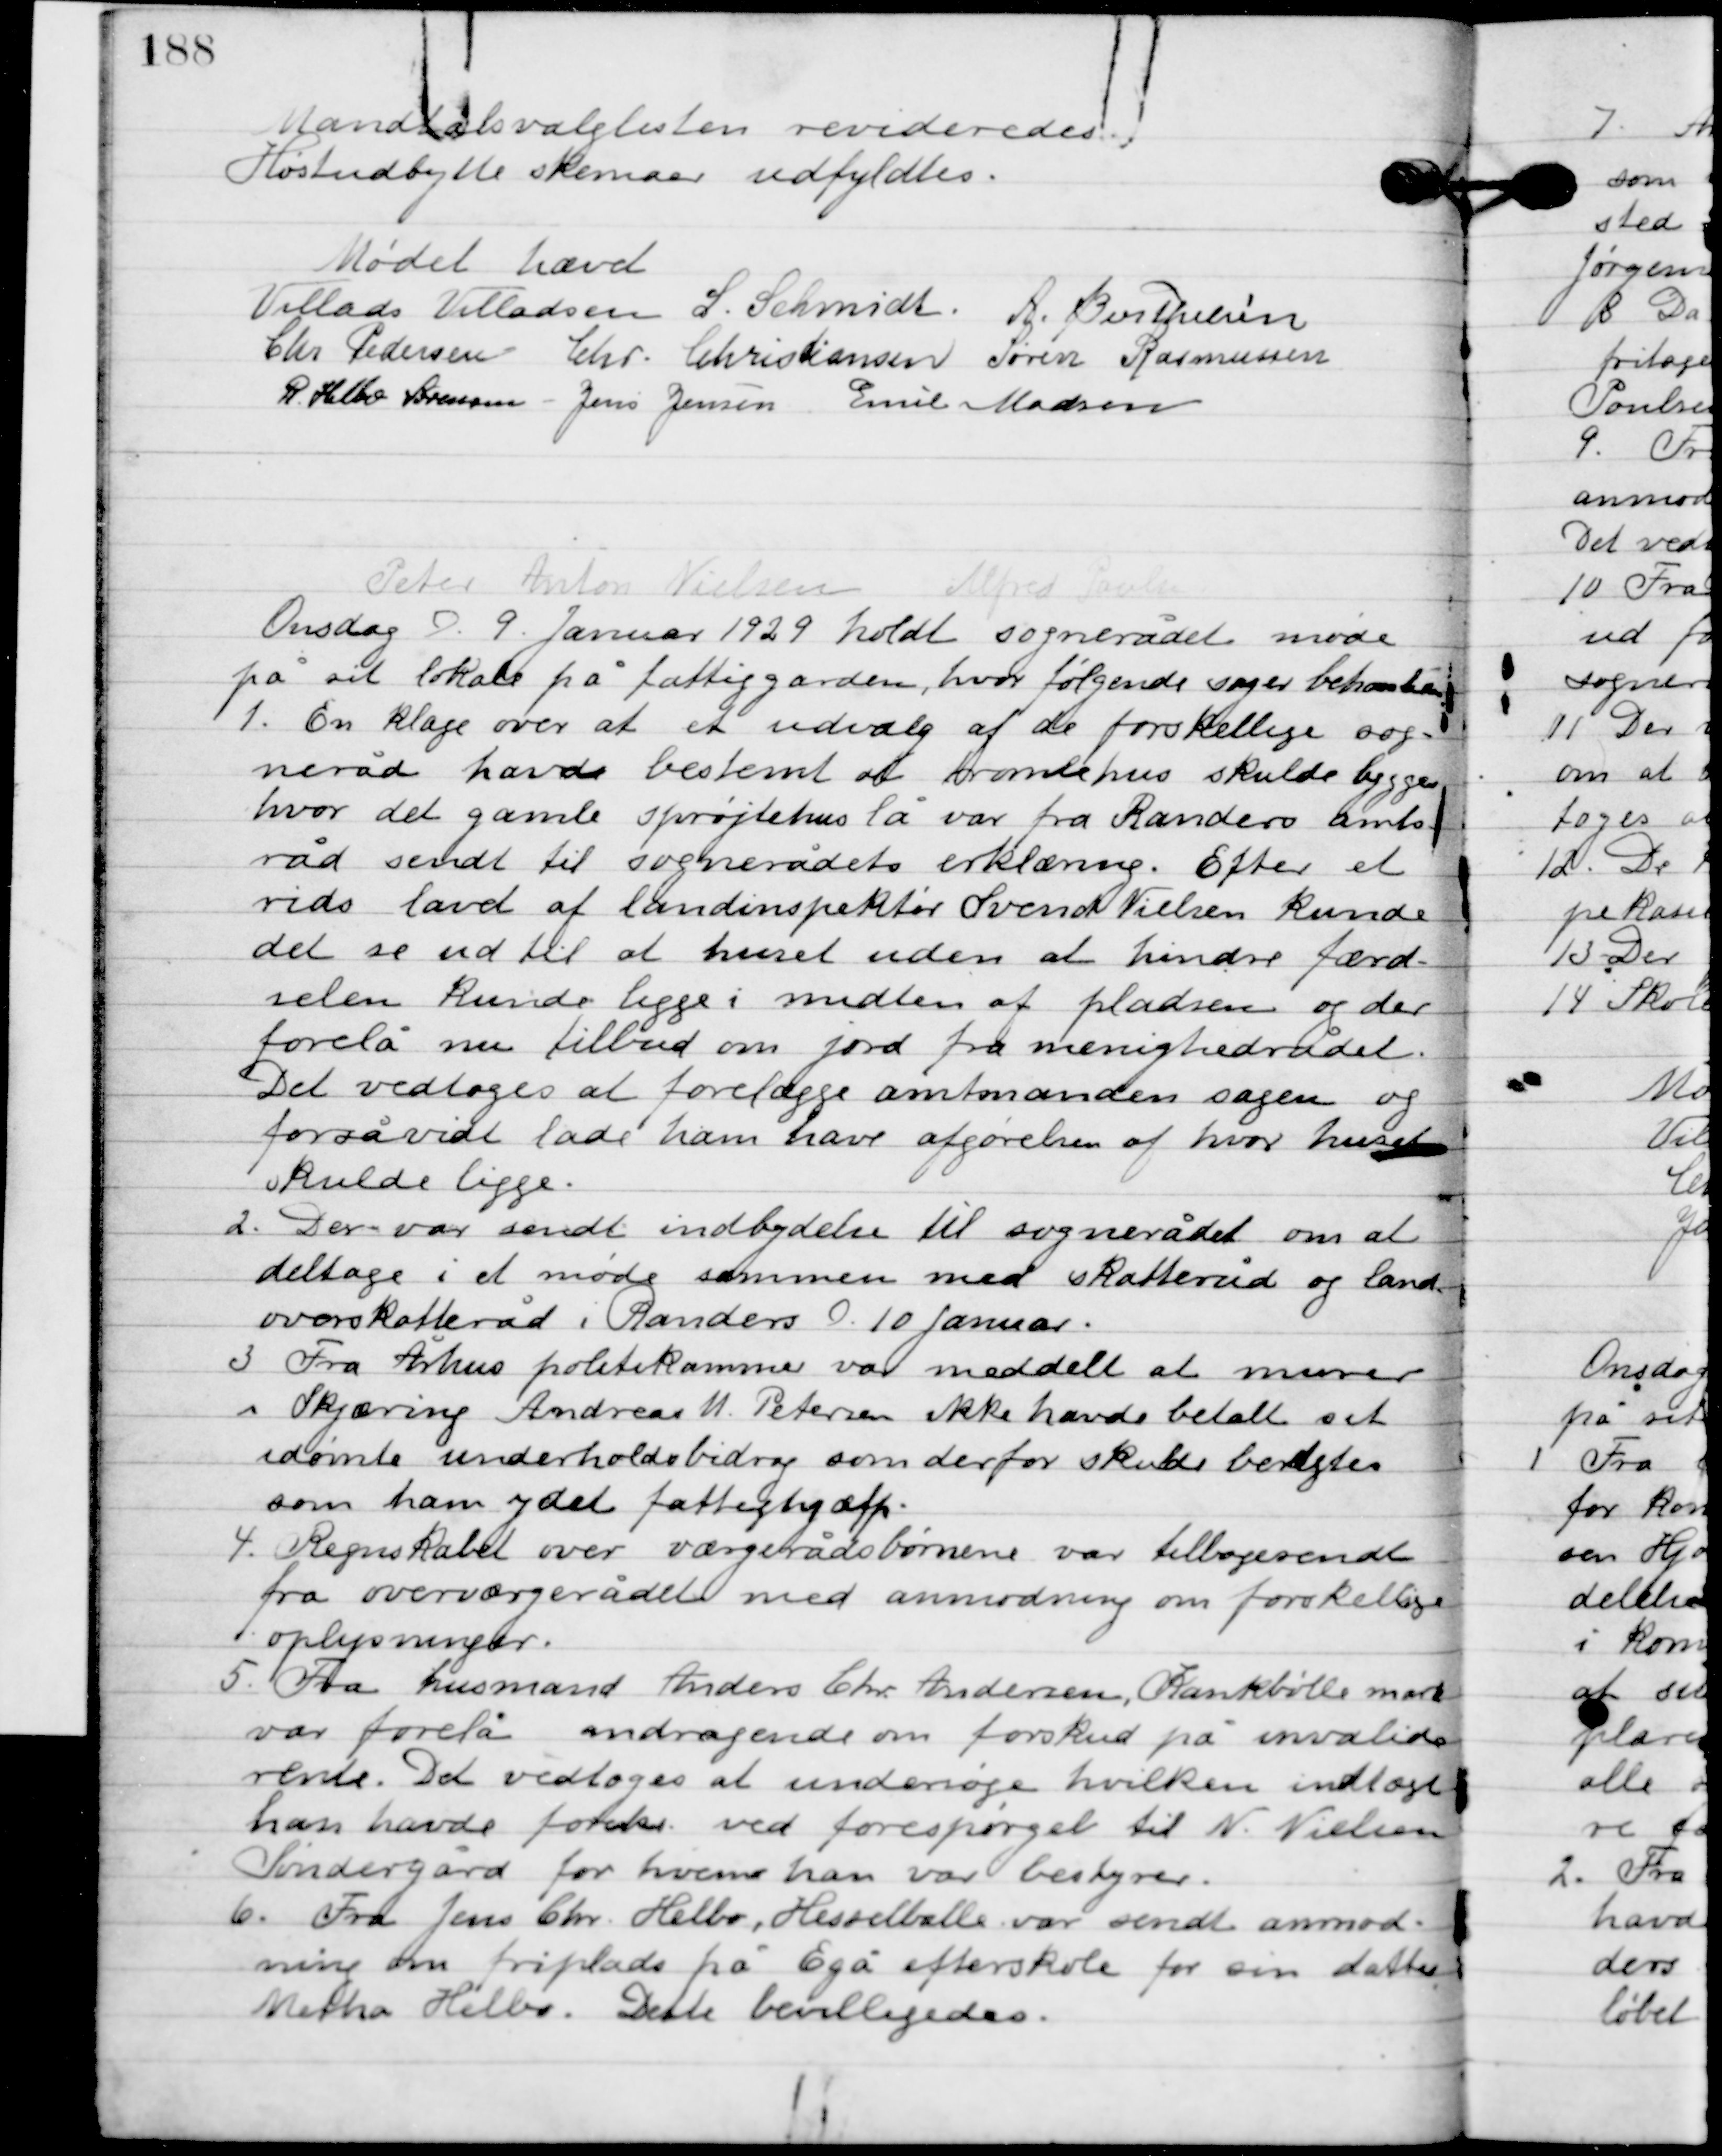
Transskription:
Mantalslisterne revideredes.
Høstudbytte skemaer udfyldtes.

Mødet hævet

Villads J. Villadsen
I. Schmidt
A. Berthelsen
Chr. Pedersen
Chr. Christiansen
Søren Rasmussen
R. Helbo Sørensen
Jens Jensen
Emil Madsen

Peter Anton Nielsen
Alfred Poulsen

Onsdag D. 9. Januar 1929. holdt sognerådet møde
på sit lokale på fattiggård, hvor følgende sager behandledes.

1

En klage over at et udvalg af de forskellige sog-
neråd havde bestemt et bondehus skulde bygges
hvor det gamle sprøjtehus lå var fra Randers amt-
råd sendt til sognerådets erklæring. Efter et
rids lavet af landinspektøren Svend Nielsen kunde
det se ud til at huset uden at hindre færd-
slen kunde ligge i midten af pladsen og der
forelå nu tilbud om jord fra menighedsrådet.
Det vedtoges at forelægge amtmanden sagen og
 forsåvidt lade han have afgørelsen af hvor huset
skulde ligge.

2

Der var sendt indbydelse til sognerådet om at
deltage i et møde sammen med skatteråd og land-
overskatteråd i Randers d. 10 Januar.

3

Fra Århus politikammer var meddelt at murer
i Skjæring Andreas M. Petersen ikke havde betalt sit
idømte underholdsbidrag som derfor skulde benyttes
som ham ydet fattighjælp.

4

Regnskabet over værgerådsbørnene var tilbagesendt
fra overværgerådet med anmodning om forskellige
oplysninger.

5

Fra husmand Anders Chr. Andersen, Kankbølle mark 
var forelå andragende om forskud på invalide 
rente. Det vedtoges at undersøge hvilken indtægt 
han havde forinden ved forespørgsel til N. Nielsen 
Søndergård for hvem han var bestyrer.

6

Fra Jens Chr. Helbo, Hesselballe var sendt anmod-
ning om friplads på Egå efterskole for sin datter
Metha Helbo. Dette bevilligedes.